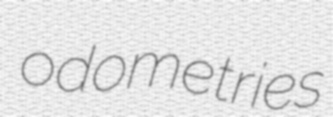
odometries